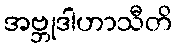
အဗ္ဘုဒါဟာသီတိ